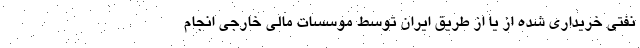
نفتی خریداری شده از یا از طریق ایران توسط موسسات مالی خارجی انجام